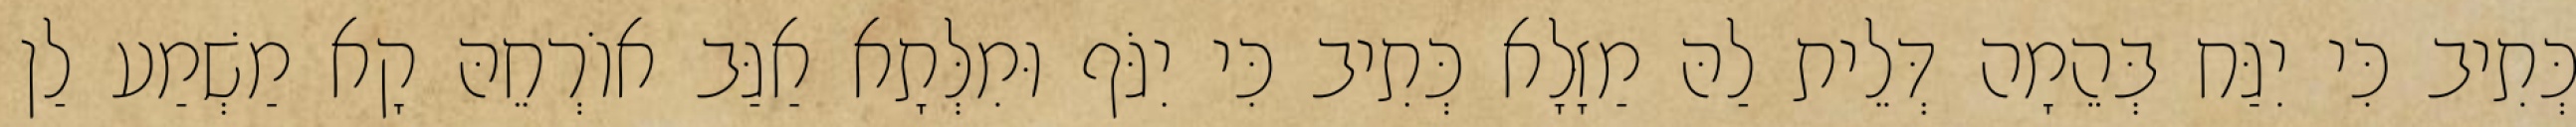
כְּתִיב כִּי יִגַּח בְּהֵמָה דְּלֵית לַהּ מַזָּלָא כְּתִיב כִּי יִגֹּף וּמִלְּתָא אַגַּב אוֹרְחֵהּ קָא מַשְׁמַע לַן